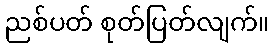
ညစ်ပတ် စုတ်ပြတ်လျက်။